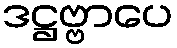
ဒဋ္ဌဗ္ဗာပေ